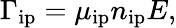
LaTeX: \Gamma_{\mathrm{ip}}=\mu_{\mathrm{ip}}n_{\mathrm{ip}}E,